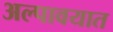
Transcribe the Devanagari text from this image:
अल्पावयात